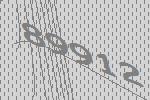
89912